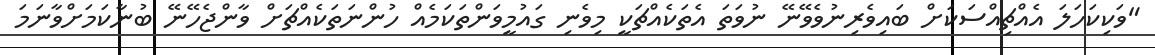
"ވަކިކަހަލަ އެއްޗިއްސަކަށް ބައިވެރިނުވެވޭނޭ ނުވަތަ އެތަކެއްޗަކީ މިވެނި ގައުމީވަންތަކަމެއް ހުންނަތަކެއްޗަށް ވާންޖެހޭނޭ ބުނާކަމަށްވާނަމަ